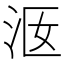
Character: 𣳐